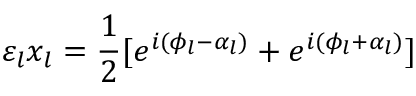
\varepsilon _ { l } x _ { l } = \frac { 1 } { 2 } [ e ^ { i ( \phi _ { l } - \alpha _ { l } ) } + e ^ { i ( \phi _ { l } + \alpha _ { l } ) } ]